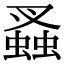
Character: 𧎮